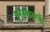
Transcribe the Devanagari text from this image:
पुरस्कारके